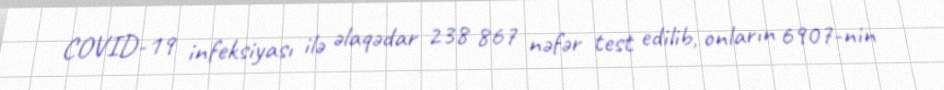
COVID-19 infeksiyası ilə əlaqədar 238 867 nəfər test edilib, onların 6907-nin